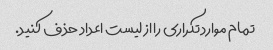
تمام موارد تکراری را از لیست اعداد حذف کنید.